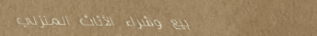
بيع وشراء الأثاث المنزلي